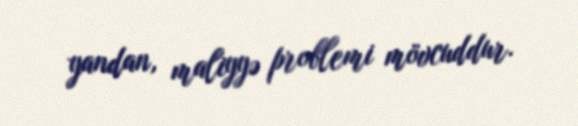
yandan, maliyyə problemi mövcuddur.